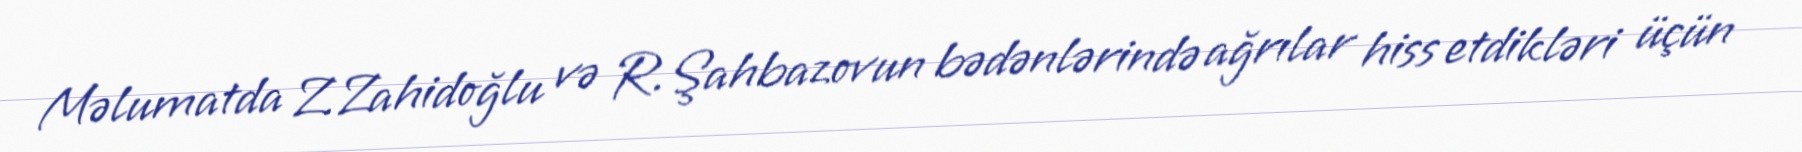
Məlumatda Z.Zahidoğlu və R.Şahbazovun bədənlərində ağrılar hiss etdikləri üçün